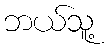
ဘယ်သူ့